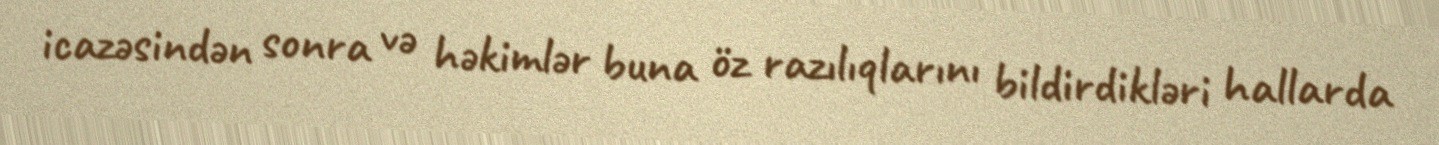
icazəsindən sonra və həkimlər buna öz razılıqlarını bildirdikləri hallarda